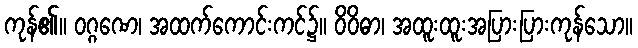
ကုန်၏။ ဝဂ္ဂဏေ၊ အထက်ကောင်းကင်၌။ ဝိဝိဓာ၊ အထူးထူးအပြားပြားကုန်သော။